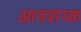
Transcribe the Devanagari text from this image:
आवशय्क